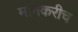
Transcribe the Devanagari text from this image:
मानकरीच